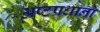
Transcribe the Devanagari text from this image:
अष्टप्रधानों